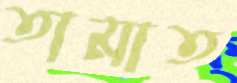
তামাত